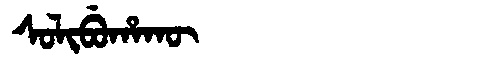
Manchu: ᠰᠣᠯᡳᠪᡠᡥᠠᡴᡡ
Romanization: SOLIBUHAKŪ